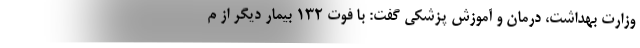
وزارت بهداشت، درمان و آموزش پزشکی گفت: با فوت ۱۳۲ بیمار دیگر از م